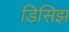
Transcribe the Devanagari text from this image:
डिसिझ